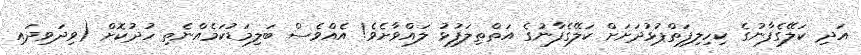
އަދި ކަލޭގެފާނުގެ ކިހިލިފަތްޕުޅުދަށަށް ކަލޭގެފާނުގެ އަތްތިލަފުޅު ލައްވާށެވެ! އެއްވެސް ބަލިމަޑުކަމެއްނެތި ހުދުކޮށް (ވިދަވިދައި